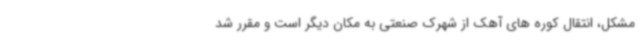
مشکل، انتقال کوره های آهک از شهرک صنعتی به مکان دیگر است و مقرر شد